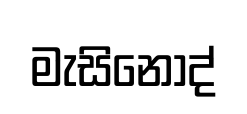
මැසිනොද්